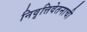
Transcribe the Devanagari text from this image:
निवृत्तिवेतनाची